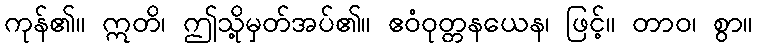
ကုန်၏။ ဣတိ၊ ဤသို့မှတ်အပ်၏။ ဧဝံဝုတ္တနယေန၊ ဖြင့်။ တာဝ၊ စွာ။